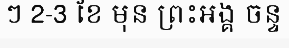
ៗ 2-3 ខែ មុន ព្រះអង្គ ចន្ទ